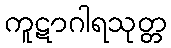
ကူဋာဂါရသုတ္တ